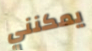
يمكنني